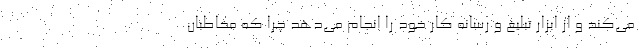
می‌کند و از ابزار تبلیغ و رسانه کار خود را انجام می‌دهد چرا که مخاطبان